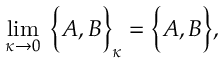
\operatorname * { l i m } _ { \kappa \rightarrow 0 } \; \Big \{ A , B \Big \} _ { \kappa } = \Big \{ A , B \Big \} ,